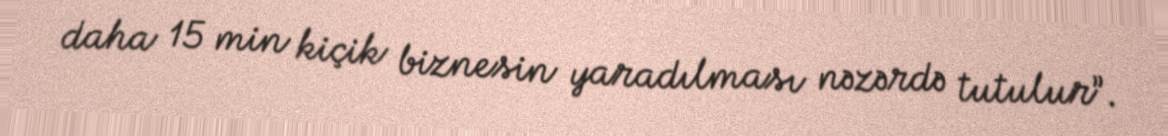
daha 15 min kiçik biznesin yaradılması nəzərdə tutulur”.